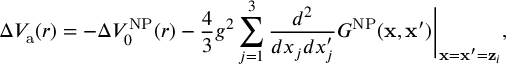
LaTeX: \Delta V _ { \mathrm { a } } ( r ) = - \Delta V _ { 0 } ^ { \mathrm { N P } } ( r ) - { \frac { 4 } { 3 } } g ^ { 2 } \sum _ { j = 1 } ^ { 3 } { \frac { d ^ { 2 } } { d x _ { j } d x _ { j } ^ { \prime } } } G ^ { \mathrm { N P } } ( { \bf x } , { \bf x } ^ { \prime } ) \Bigg \vert _ { { \bf x } = { \bf x } ^ { \prime } = { \bf z } _ { i } } ,